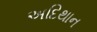
અદિથાન